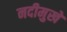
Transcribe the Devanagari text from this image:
नदीमुखे